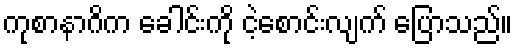
ကုစာနာဂိက ခေါင်းကို ငဲ့စောင်းလျက် ပြောသည်။